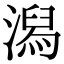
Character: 潟